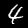
Label: 4